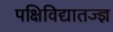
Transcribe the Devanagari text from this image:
पक्षिविद्यातज्‍ज्ञ